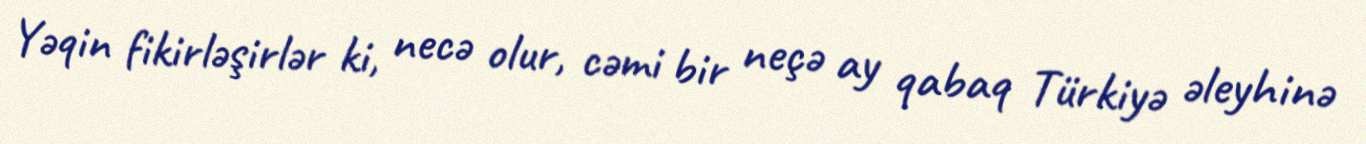
Yəqin fikirləşirlər ki, necə olur, cəmi bir neçə ay qabaq Türkiyə əleyhinə